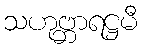
သဟုဗ္ဘာရဋ္ဌမီ